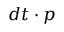
d t \cdot p